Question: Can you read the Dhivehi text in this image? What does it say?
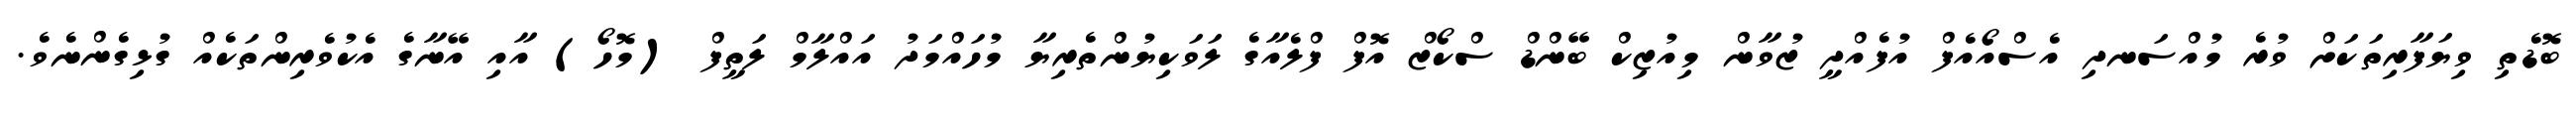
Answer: ބޮޑެތި ވިޔަފާރިތަކަށް ވުރެ މުއްސަނދި އެސްއޯއެފް އުފެއްދީ ޒުވާން މިއުޒިކް ބޭންޑް ސްކޯޒް އޮފް ފްލެއާގެ ލަވަކިޔުންތެރިޔާ މުހައްމަދު އައްލާމް ލަތީފް (މޮހޯ) އާއި އޭނާގެ އެކުވެރިންތަކެއް ގުޅިގެންނެވެ.